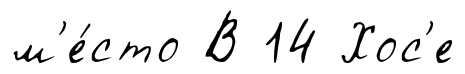
м'е́сто В 14 Хос'е